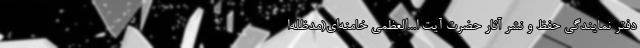
دفتر نمایندگی حفظ و نشر آثار حضرت آیت ا...العظمی خامنه‌ای(مدظله‌ا